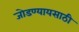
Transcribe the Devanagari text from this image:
जोडण्यायसाठी